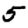
Digit: 5